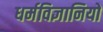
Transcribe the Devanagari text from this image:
धर्मविज्ञानियों